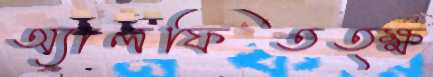
অ্যালফিতত্ক্ষ